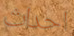
احداث